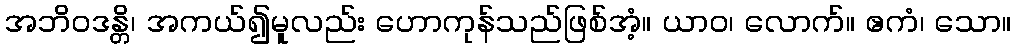
အဘိဝဒန္တိ၊ အကယ်၍မူလည်း ဟောကုန်သည်ဖြစ်အံ့။ ယာဝ၊ လောက်။ ဧကံ၊ သော။